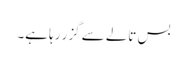
بس تالے سے گزر رہا ہے۔